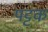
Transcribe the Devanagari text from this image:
पट्टक